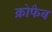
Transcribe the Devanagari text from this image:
क्रोफैब